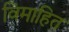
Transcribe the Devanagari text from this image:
विमाहित